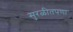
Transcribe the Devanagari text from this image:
सुरळीतपणा